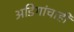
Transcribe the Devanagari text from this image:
अडिगांचाही